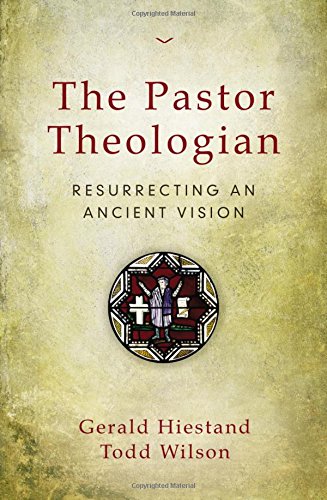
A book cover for The Pastor Theologian: Resurrecting an Ancient Vision; Gerald Hiestand; Christian Books & Bibles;